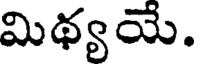
మిథ్యయే.